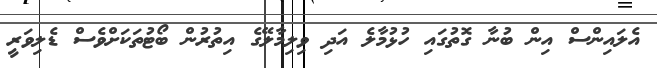
އެލައިންސް އިން ބުނާ ގޮތުގައި ހުޅުމާލެ އަދި ވިލިމާލޭގެ އިތުރުން ބޯޓުތަކަށްވެެސް ޑެލިވަރީ